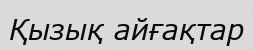
Қызық айғақтар